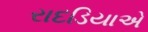
રાદડિયાએ